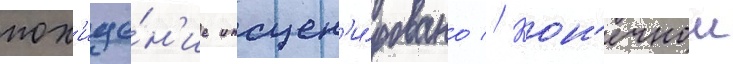
пох'ище́н'ие инсцен'и́ровано // Кон'ечнои